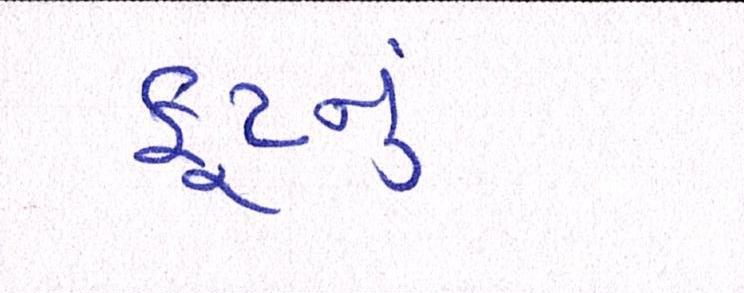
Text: ફૂટનું